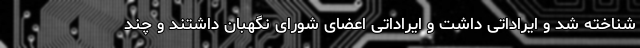
شناخته شد و ایراداتی داشت و ایراداتی اعضای شورای نگهبان داشتند و چند